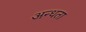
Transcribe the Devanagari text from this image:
अन्‍धता